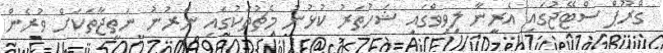
ގްރޫޕް ސްޓޭޖުގައި އެރީނާ ލިވިވްގައި ޝަހުތަރު ކުުޅުނު މެޗުތަކުގައި ނެރުނު ނަތީޖާތަކަށް ވުރެން